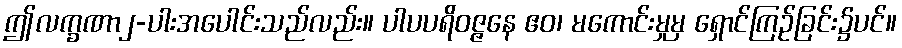
ဤလက္ခဏာ၂-ပါးအပေါင်းသည်လည်း။ ပါပပရိဝဇ္ဇနေ ဧဝ၊ မကောင်းမှုမှ ရှောင်ကြဉ်ခြင်း၌ပင်။